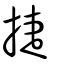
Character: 捷